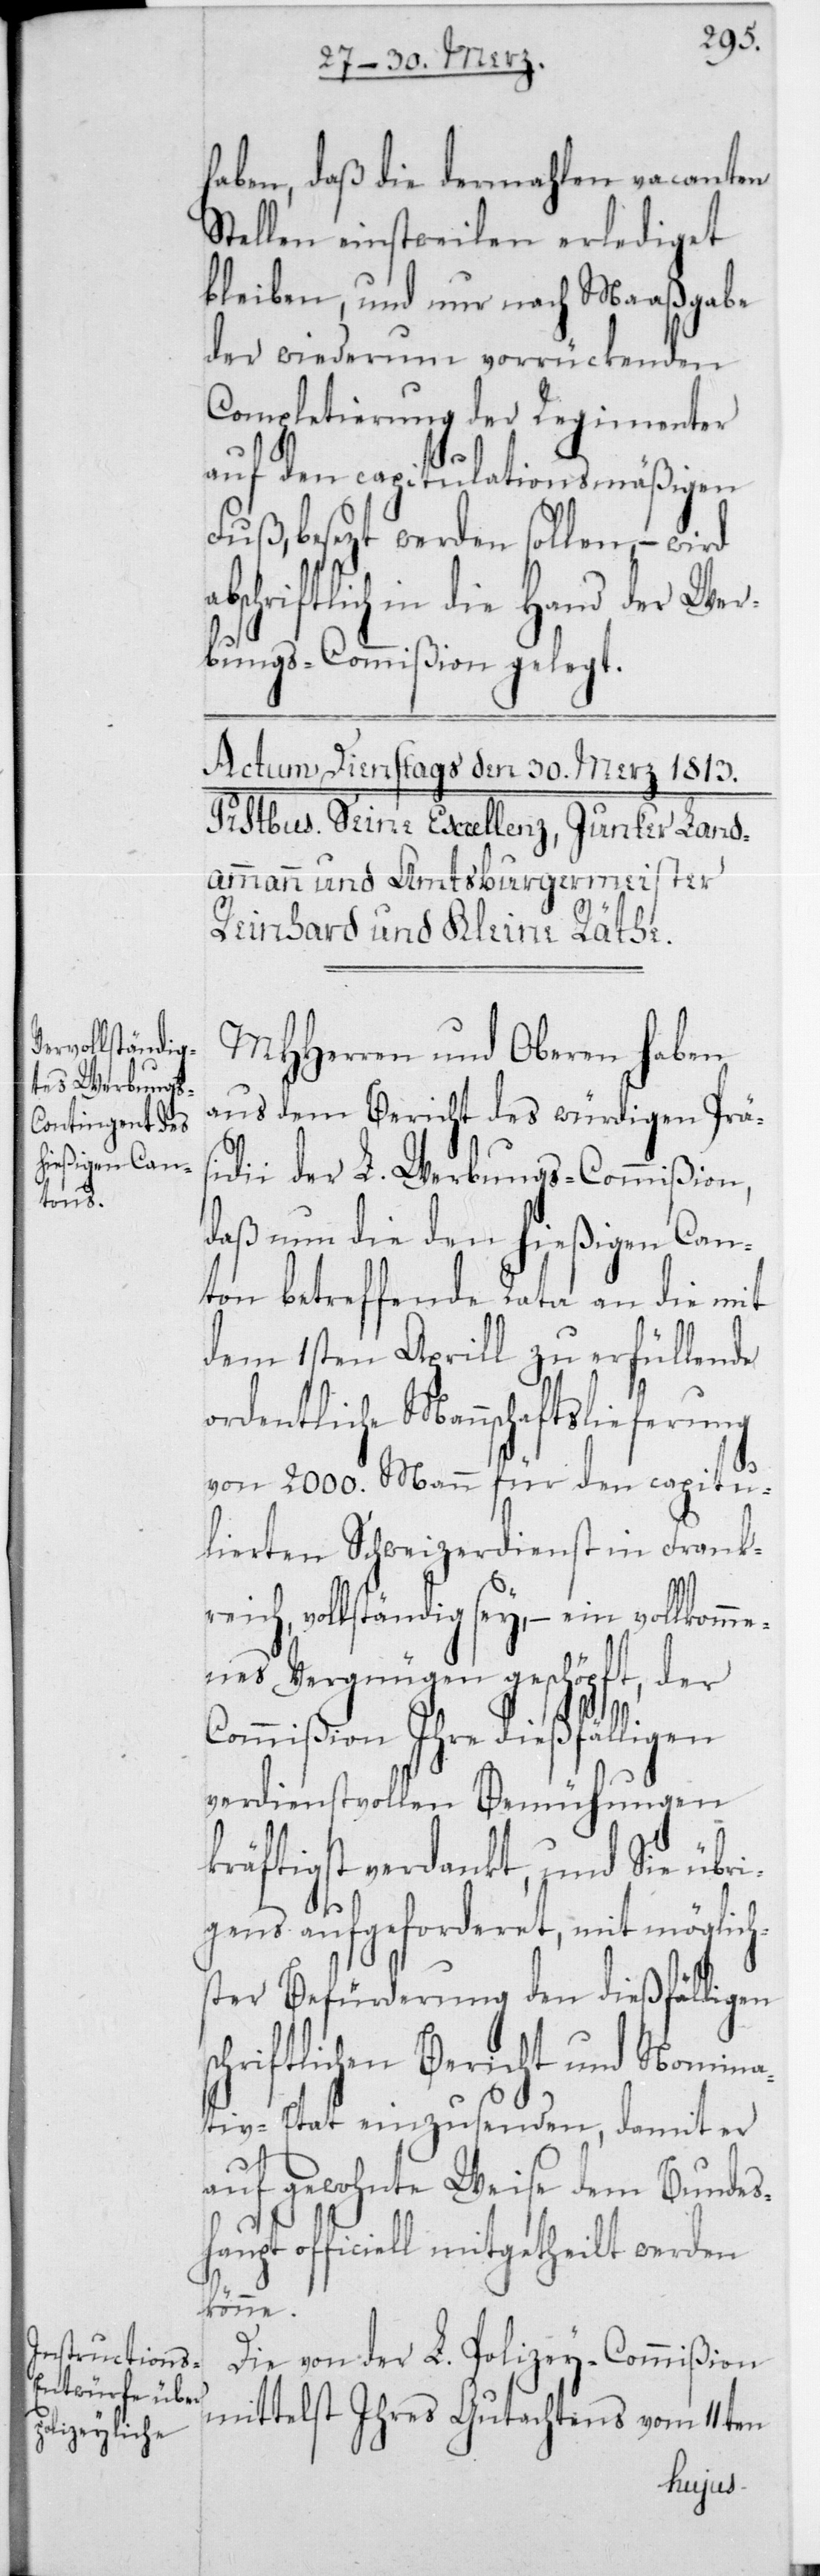
haben, daß die dermahlen vacanten
Stellen einstweilen erlediget
bleiben, und nur nach Maaßgabe
der wiederum vorrückenden
Completierung der Regimenter
auf den capitulationsmäßigen
Fuß, besezt werden sollen, – wird
abschriftlich in die Hand der Wer¬
bungs-Commißion gelegt.
MHHerren und Oberen haben
aus dem Bericht des würdigen Präs¬
idii der L. Werbungs-Commißion,
daß nun die den hießigen Can¬
ton betreffende Rata an die mit
dem 1sten Aprill zu erfüllende
ordentliche Mannschaftslieferung
von 2000 Mann für den capitu¬
lierten Schweizerdienst in Frankre¬
ich, vollständig sey, – ein vollkomm¬
enes Vergnügen geschöpft, der
Commißion ihre dießfälligen
verdienstvollen Bemühungen
kräftigst verdankt, und sie übri¬
gens aufgeforderet, mit möglich¬
ster Befürderung den dießfälligen
schriftlichen Bericht und Nomina¬
tiv-Etat einzusenden, damit er
auf gewohnte Weise dem Bundes¬
haupt officiell mitgetheilt werden
könne.
Die von der L. Polizey-Commißion
mittelst ihres Gutachtens vom 11ten